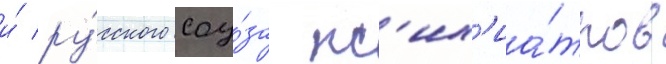
и́ ру́сского соу́за пс'их'иа́тров